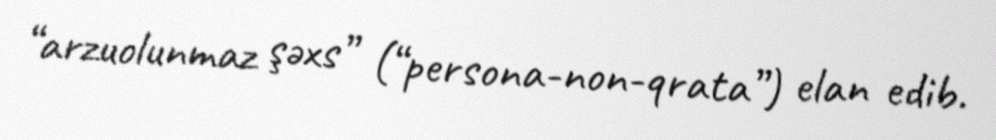
“arzuolunmaz şəxs” (“persona-non-qrata”) elan edib.